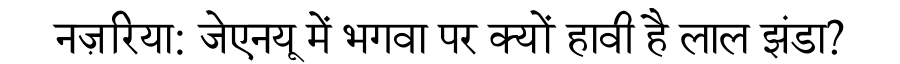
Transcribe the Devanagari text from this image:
नज़रिया: जेएनयू में भगवा पर क्यों हावी है लाल झंडा?